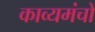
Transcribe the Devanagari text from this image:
काव्यमंचों